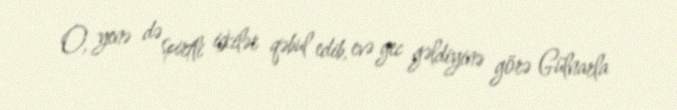
O, yenə də spirtli içkilər qəbul edib, evə gec gəldiyinə görə Gülnarla